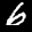
Label: 6